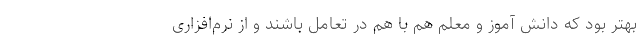
بهتر بود که دانش آموز و معلم هم با هم در تعامل باشند و از نرم‌افزاری